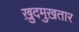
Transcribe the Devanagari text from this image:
ख़ुदमुख़तार